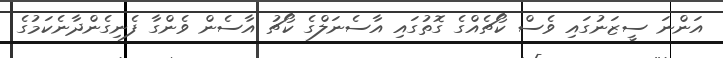
އަންނަ ސީޒަނުގައި ވެސް ކޯޗެއްގެ ގޮތުގައި އާސެނަލްގެ ކޯޗު އާސެން ވެންގާ ފެނިގެންދާނެކަމުގެ